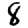
Digit: 8